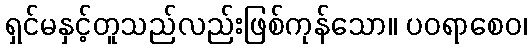
ရှင်မနှင့်တူသည်လည်းဖြစ်ကုန်သော။ ပဝရာစေဝ၊